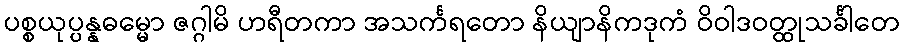
ပစ္စယုပ္ပန္နဓမ္မော ဇဂ္ဂါမိ ဟရီတကာ အသင်္ကရတော နိယျာနိကဒုကံ ဝိဝါဒဝတ္ထုသင်္ခါတေ